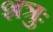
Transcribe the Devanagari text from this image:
शत्रुः